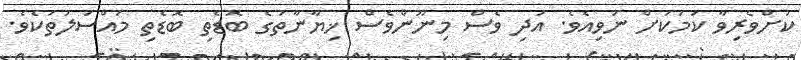
ކުށްވެރިވާ ކަމަކަށް ނުވިއެވެ. އަދި ވެސް މިނޫންވެސް ޚިޔާނާތުގެ ބޮޑެތި ބޮޑެތި މައްސަލަތަކެވެ.